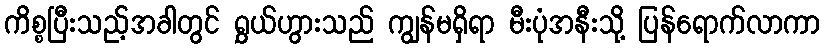
ကိစ္စပြီးသည့်အခါတွင် ရွှယ်ဟွားသည် ကျွန်မရှိရာ မီးပုံအနီးသို့ ပြန်ရောက်လာကာ